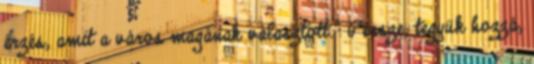
érzés, amit a város magának választott.” Persze, tegyük hozzá,